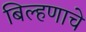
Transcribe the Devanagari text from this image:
बिल्हणाचे